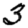
Digit: 3